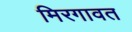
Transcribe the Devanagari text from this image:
मिरगावत